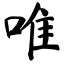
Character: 唯